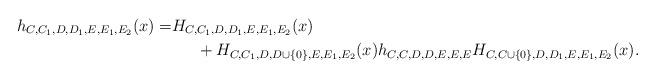
LaTeX: \begin{align*} h_{C,C_1,D,D_1,E,E_1,E_2}(x)= & H_{C,C_1,D,D_1,E,E_1,E_2}(x) \\ &\indent + H_{C,C_1,D,D \cup \{0\},E,E_1,E_2}(x)h_{C,C,D,D,E,E,E}H_{C,C \cup \{0\},D,D_1 ,E,E_1,E_2}(x).\end{align*}